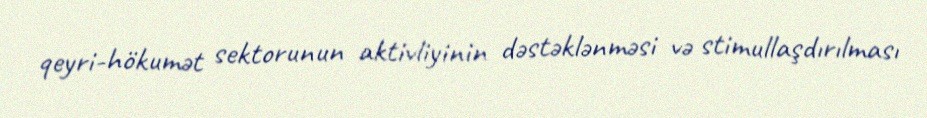
qeyri-hökumət sektorunun aktivliyinin dəstəklənməsi və stimullaşdırılması